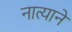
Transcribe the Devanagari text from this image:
नात्यानें